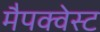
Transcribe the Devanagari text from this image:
मैपक्वेस्ट